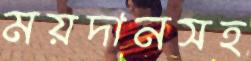
ময়দানসহ